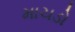
માચડો